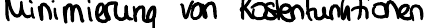
Minimierung von Kostenfunktionen